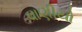
વાણીયો